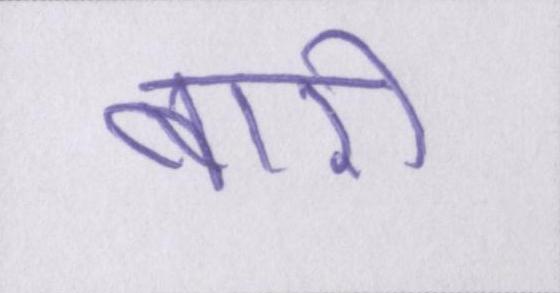
बारी